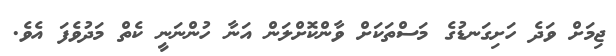
ޖިމަށް ވަދެ ހަށިގަނޑުގެ މަސްތަކަށް ވާންކޮށްލަން އަނާ ހުންނަނީ ކެތް މަދުވެފަ އެވެ.